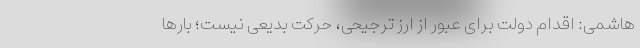
هاشمی‌: اقدام دولت برای عبور از ارز ترجیحی، حرکت بدیعی نیست؛ بار‌ها